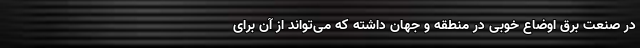
در صنعت برق اوضاع خوبی در منطقه و جهان داشته که می‌تواند از آن برای